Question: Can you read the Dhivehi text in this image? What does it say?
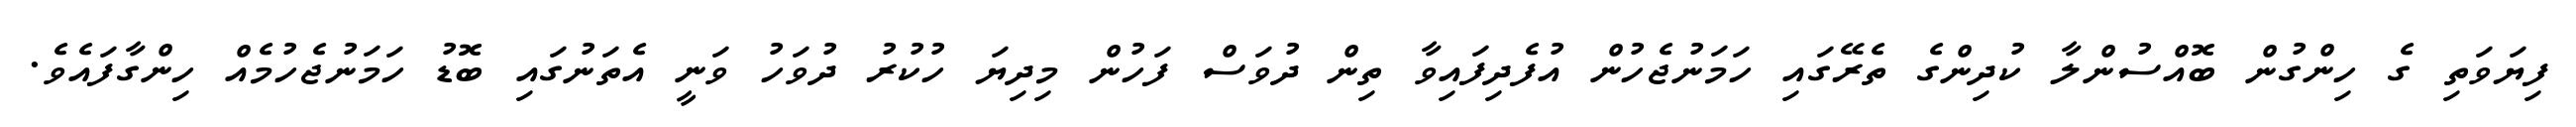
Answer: ފިޔަވަތި ގެ ހިންގުން ބޮއްސުންލާ ކުދިންގެ ތެރޭގައި ހަމަނުޖެހުން އުފެދިފައިވާ ތިން ދުވަސް ފަހުން މިދިޔަ ހުކުރު ދުވަހު ވަނީ އެތަނުގައި ބޮޑު ހަމަނުޖެހުމެއް ހިންގާފައެވެ.